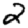
Digit: 2